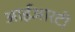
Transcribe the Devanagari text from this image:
आईआरटी